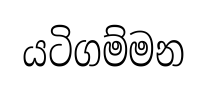
යටිගම්මන